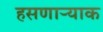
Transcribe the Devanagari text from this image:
हसणार्‍याक